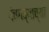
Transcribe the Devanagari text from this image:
पंचगव्याच्या